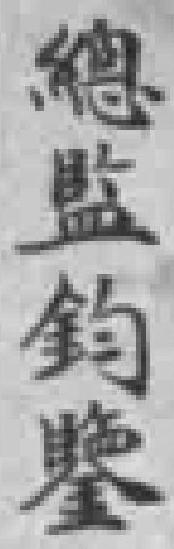
總监鈞鑒